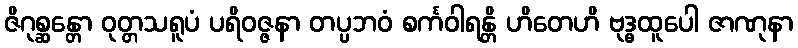
ဇိဂုစ္ဆန္တော ဝုတ္တသရူပံ ပရိဝဇ္ဇနာ တပ္ပဘဝံ စင်္ကဝါရန္တိ ဟိတေဟိ ဗုဒ္ဓထူပေါ ဇာဏုနာ